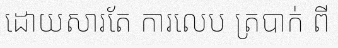
ដោយសារតែ ការលេប ត្របាក់ ពី